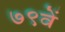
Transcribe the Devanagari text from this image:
७९वें